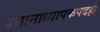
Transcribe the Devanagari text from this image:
प्रधानाध्यापकपदही